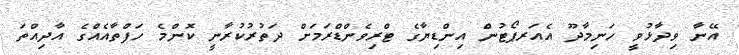
އޭނާ ވިދާޅުވީ ހަނިމާދޫ އެއަރޕޯޓުން އިންޑިޔާގެ ޓްރިވެންޑްރަމަށް ދަތުރުކުރާނީ ކޮންމެ ހަފްތާއެއްގެ އާދިއްތަ